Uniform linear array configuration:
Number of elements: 16
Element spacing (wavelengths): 0.5
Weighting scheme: binomial
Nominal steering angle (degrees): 30
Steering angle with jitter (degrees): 30.086
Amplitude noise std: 0.05
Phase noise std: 0.05

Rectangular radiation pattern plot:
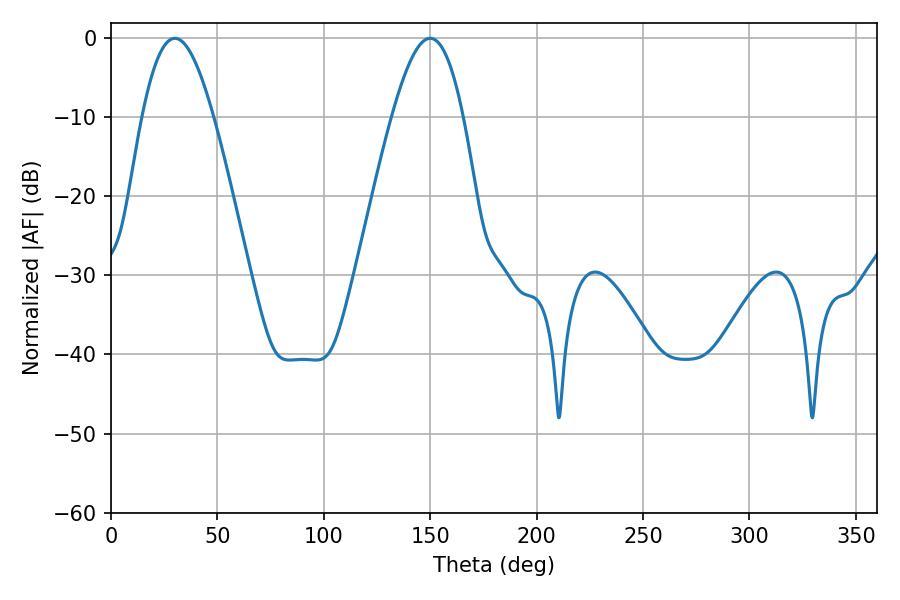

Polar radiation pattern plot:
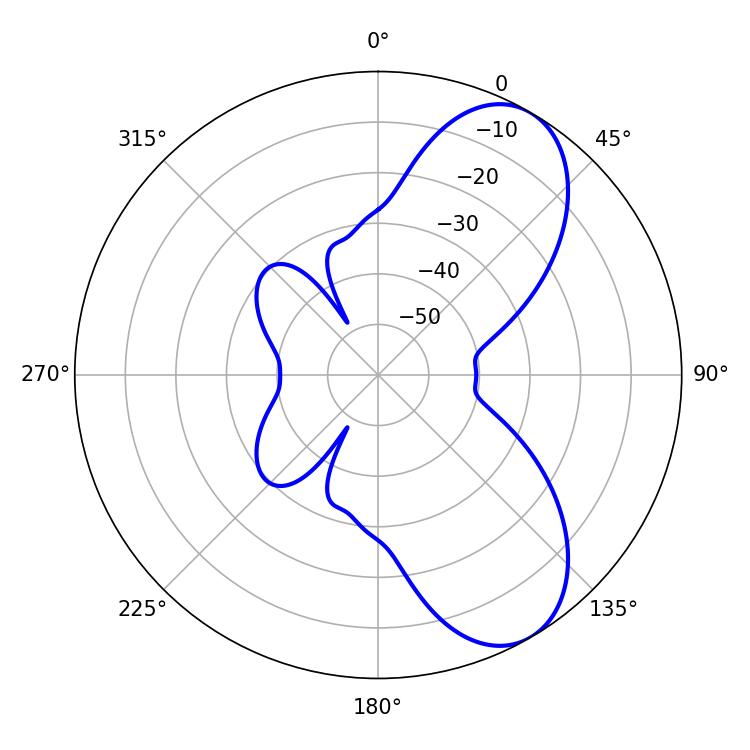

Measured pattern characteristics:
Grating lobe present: FALSE
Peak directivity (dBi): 7.591
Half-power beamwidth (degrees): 18
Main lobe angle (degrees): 30.06